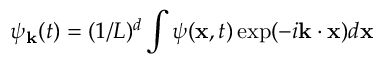
\psi _ { \bf k } ( t ) = ( 1 / L ) ^ { d } \int \psi ( { \bf x } , t ) \exp ( - i { \bf k } \cdot { \bf x } ) d { \bf x }